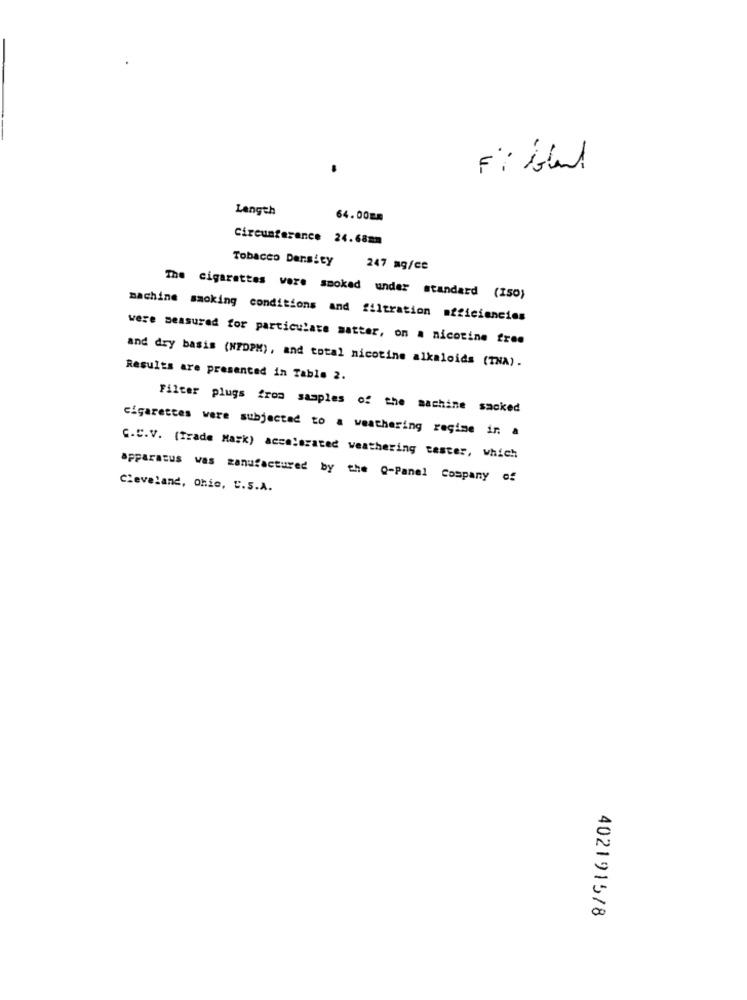
F: Sbul
Length
64.00mm
Circumference 24.68mm
Tobacco Density
247 mg/ce
The cigarettes were smoked under standard (150)
machine smoking conditions and filtration efficiencies
were measured for particulate matter, on a nicotine free
and dry basis (NFDPH), and total nicotine alkaloids (TNA).
Results are presented in Table 2.
Filter plugs from samples of the machine sacked
cigarettes were subjected to a weathering regime in a
C.C.V. (Trade Mark) accelerated weathering tester, which
apparatus was manufactured by the @-Panel Company of
Cleveland, Ohio, C.S.A.
4021915/8